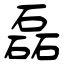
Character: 磊